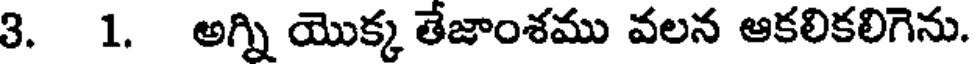
3. 1. అగ్ని యొక్క తేజాంశము వలన ఆకలికలిగెను.